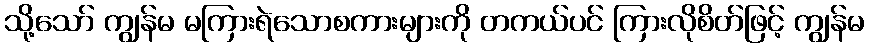
သို့သော် ကျွန်မ မကြားရဲသောစကားများကို တကယ်ပင် ကြားလိုစိတ်ဖြင့် ကျွန်မ